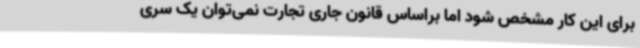
برای این کار مشخص شود اما براساس قانون جاری تجارت نمی‌توان یک سری